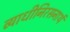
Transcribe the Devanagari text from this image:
व्याधीनिरसनार्थ